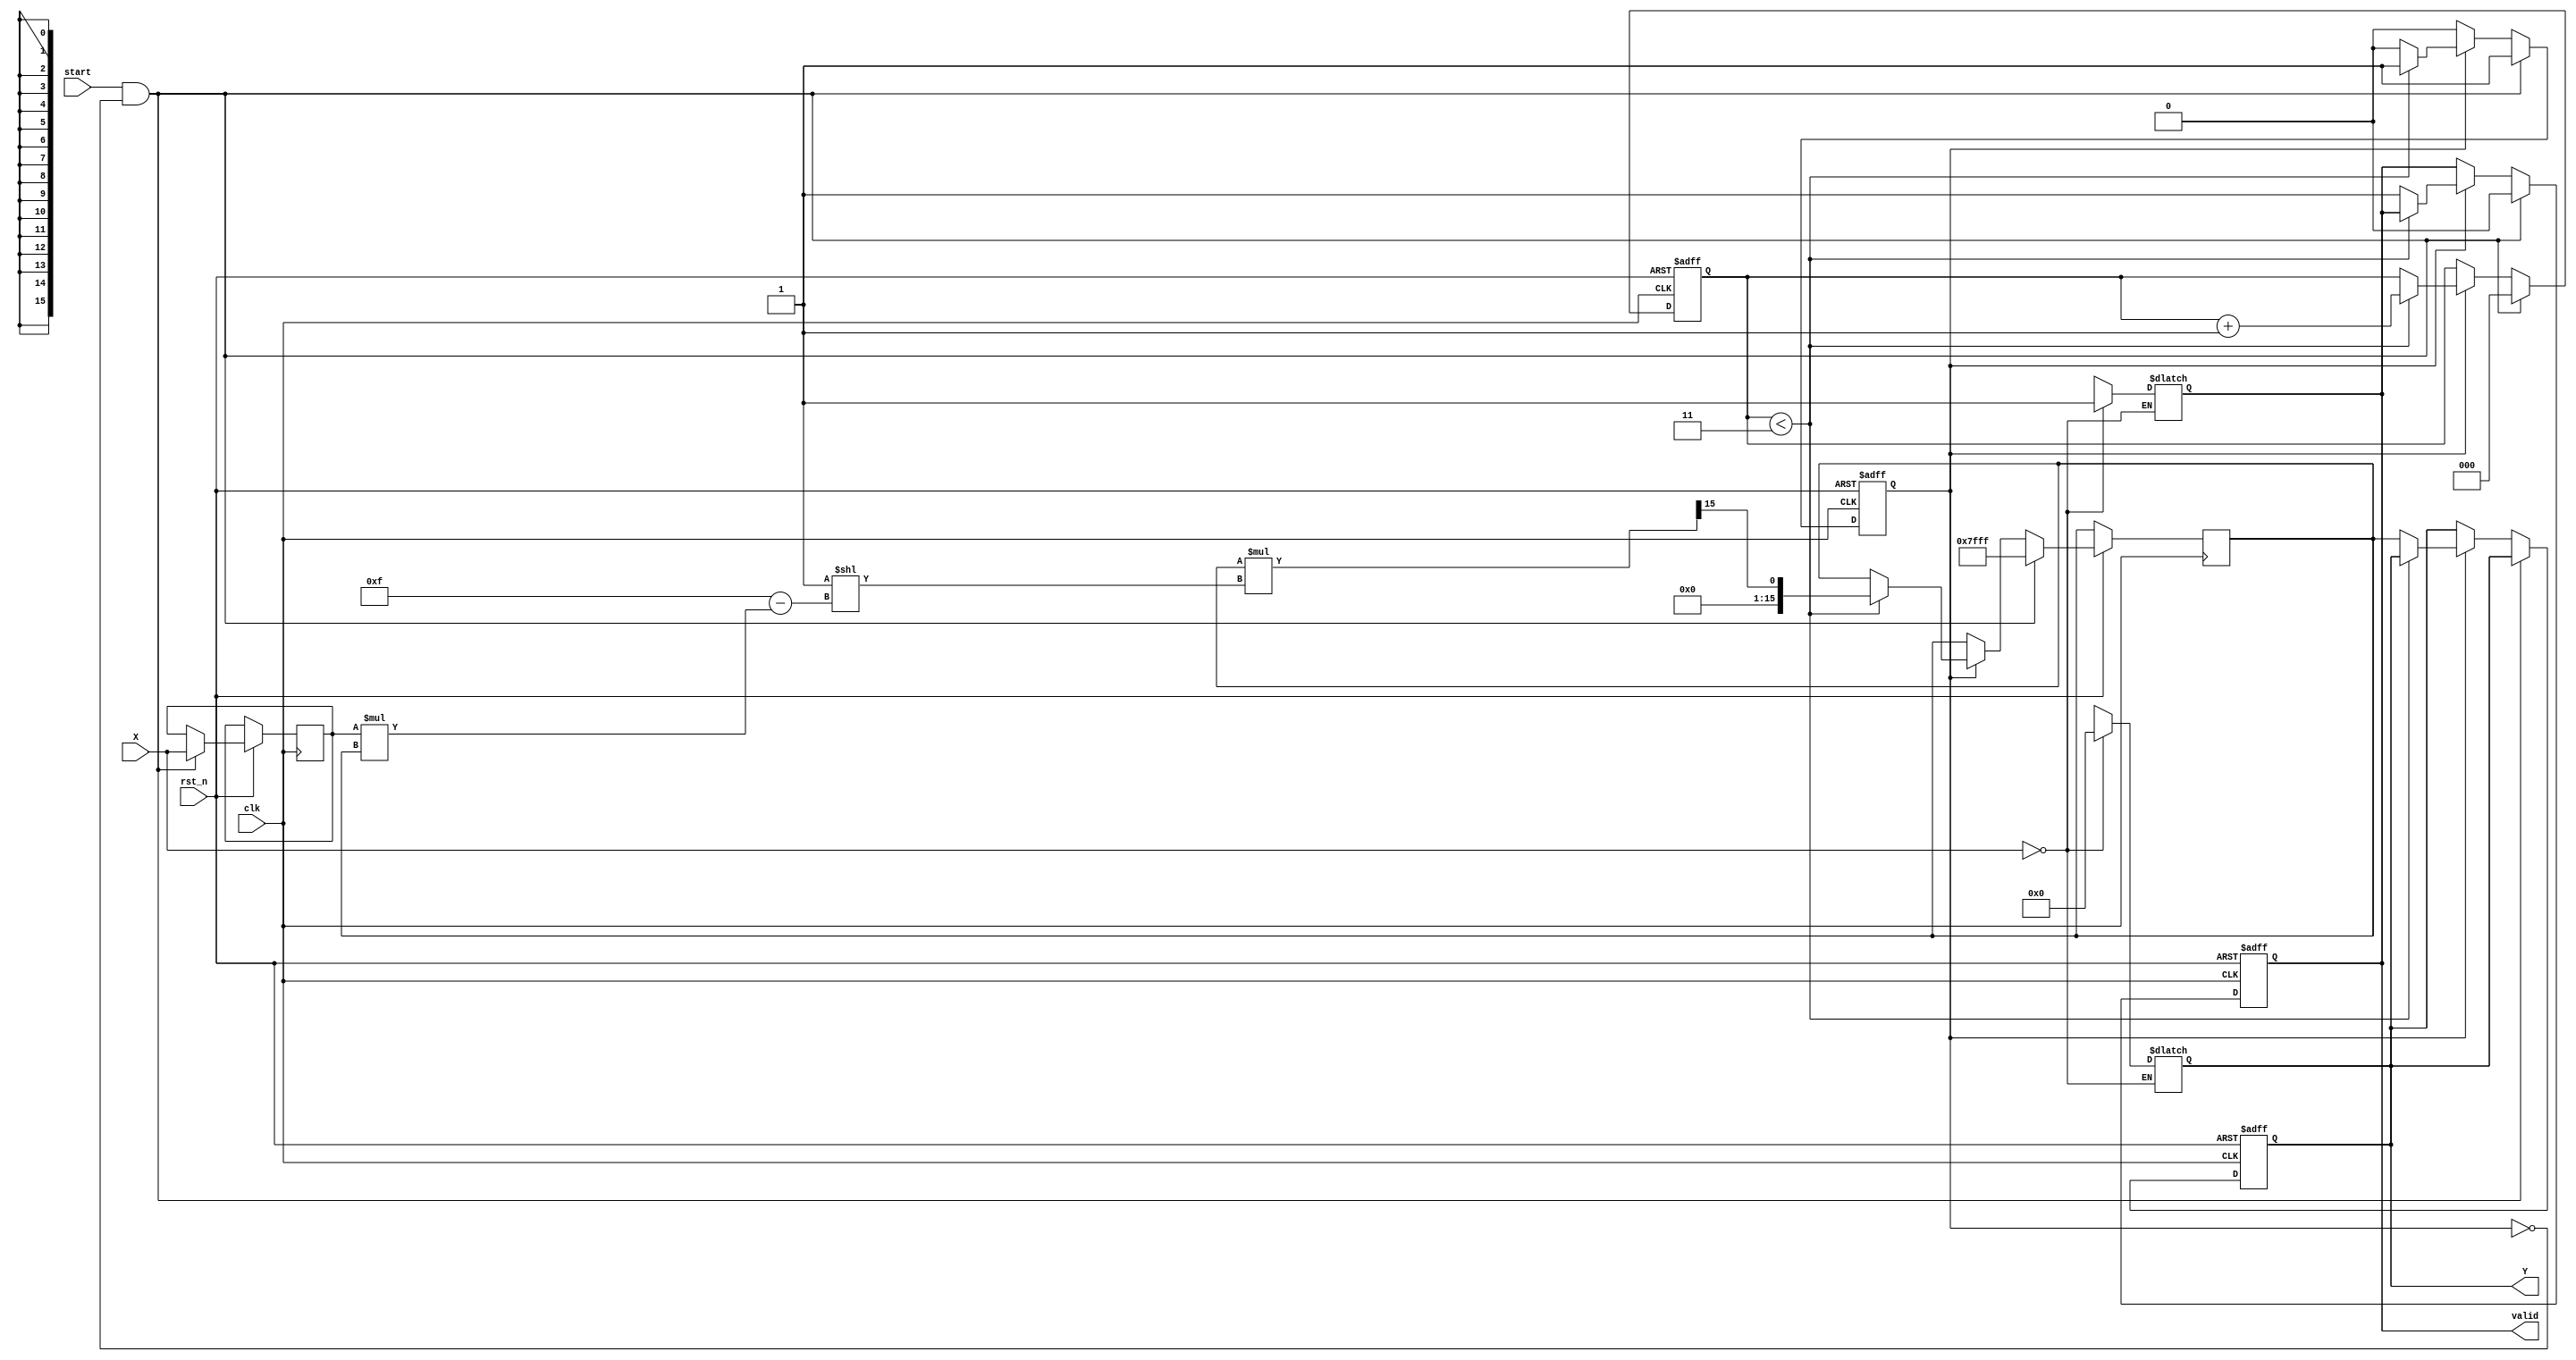
module fixed_point_reciprocal #(
    parameter N = 16, // Total bits (including sign)
    parameter M = 8,  // Integer bits
    parameter F = N - 1 - M // Fractional bits
)(
    input  wire              clk,
    input  wire              rst_n,
    input  wire              start,
    input  wire [N-1:0]     X, // Input fixed-point value (Qm.n)
    output reg [N-1:0]      Y, // Output fixed-point value (Qm.n)
    output reg              valid // Output valid signal
);

    // Internal signals
    reg [N-1:0] x_reg;
    reg [N-1:0] y_reg;
    reg [2:0] iteration_count;
    reg computing;

    // Initial guess for the reciprocal
    localparam [N-1:0] INITIAL_GUESS = {1'b0, {N-1{1'b1}}}; // 1 in Qm.n format
    
    always @(posedge clk or negedge rst_n) begin
        if (!rst_n) begin
            Y <= 0;
            valid <= 0;
            computing <= 0;
            iteration_count <= 0;
        end else begin
            if (start && !computing) begin
                x_reg <= X;
                valid <= 0;
                computing <= 1;
                y_reg <= INITIAL_GUESS; // Start with initial guess
                iteration_count <= 0; // Reset iteration counter
            end else if (computing) begin
                if (iteration_count < 3) begin // Perform 3 iterations (can be adjusted)
                    // Newton-Raphson formula: y = y * (2 - x * y)
                    y_reg <= y_reg * ( {1'b0, 1'b1} << (N-1) - x_reg * y_reg ) >> (N-1);
                    iteration_count <= iteration_count + 1;
                end else begin
                    Y <= y_reg;
                    valid <= 1;
                    computing <= 0;
                end
            end
        end
    end

    // Handle special cases
    always @(*) begin
        if (X == 0) begin
            Y = 0; // Output zero if input is zero
            valid = 1; // Output is valid
        end else if (computing == 0) begin
            // Continue output from the last valid computation
            Y = Y; 
            valid = valid;
        end
    end

endmodule